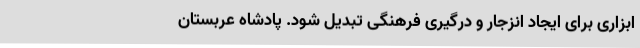
ابزاری برای ایجاد انزجار و درگیری فرهنگی تبدیل شود. پادشاه عربستان